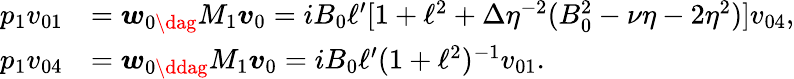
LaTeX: \begin{array}{rl}{p_{1}v_{01}}&{=\boldsymbol{w}_{0\dag}M_{1}\boldsymbol{v}_{0}=iB_{0}\ell^{\prime}[1+\ell^{2}+\Delta\eta^{-2}(B_{0}^{2}-\nu\eta-2\eta^{2})]v_{04},}\\ {p_{1}v_{04}}&{=\boldsymbol{w}_{0\ddag}M_{1}\boldsymbol{v}_{0}=iB_{0}\ell^{\prime}(1+\ell^{2})^{-1}v_{01}.}\end{array}